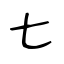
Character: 七